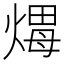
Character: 𤌖